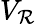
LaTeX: V_{\mathcal{R}}